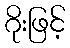
ဂိုးဖြင့်